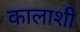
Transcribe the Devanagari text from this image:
कालाशी